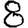
Digit: 8